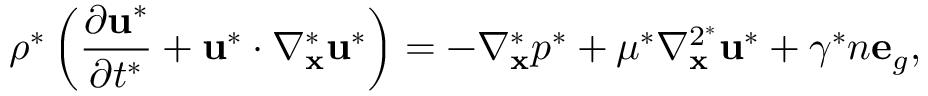
\rho ^ { * } \left( \frac { \partial \mathbf { u } ^ { * } } { \partial t ^ { * } } + \mathbf { u } ^ { * } \cdot \nabla _ { \mathbf { x } } ^ { * } \mathbf { u } ^ { * } \right) = - \nabla _ { \mathbf { x } } ^ { * } p ^ { * } + \mu ^ { * } \nabla _ { \mathbf { x } } ^ { 2 ^ { * } } \mathbf { u } ^ { * } + \gamma ^ { * } n \mathbf { e } _ { g } ,